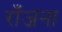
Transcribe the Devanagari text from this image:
राँजना